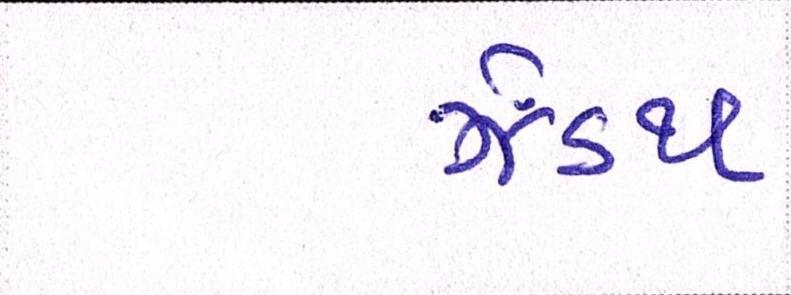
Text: ઝેંઽથ